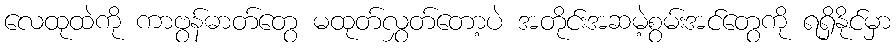
လေထုထဲကို ကာဗွန်ဓာတ်တွေ မထုတ်လွှတ်တော့ပဲ အတိုင်းအဆမဲ့စွမ်းအင်တွေကို ရရှိနိုင်မှာ